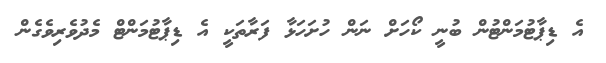
އެ ޑިޕާޓުމަންޓުން ބުނީ ކޯހަށް ނަން ހުށަހަޅާ ފަރާތަކީ އެ ޑިޕާޓުމަންޓް މެދުވެރިވެގެން